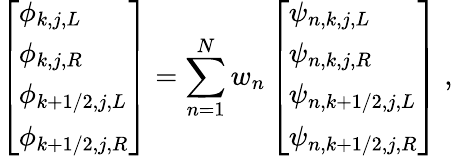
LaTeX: \left[\begin{array}{l}{\phi_{k,j,L}}\\ {\phi_{k,j,R}}\\ {\phi_{k+1/2,j,L}}\\ {\phi_{k+1/2,j,R}}\end{array}\right]=\sum_{n=1}^{N}w_{n}\left[\begin{array}{l}{\psi_{n,k,j,L}}\\ {\psi_{n,k,j,R}}\\ {\psi_{n,k+1/2,j,L}}\\ {\psi_{n,k+1/2,j,R}}\end{array}\right]\; ,